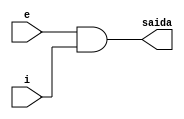
// ----------------------------------------------------------------------
// Exemplo 00014 - AND
// Dbra Deslandes de Almeida Batista
// ----------------------------------------------------------------------

// ----------------------------------------------------------------------
// -- AND gate
// ----------------------------------------------------------------------

	module AND2 (output saida, input e,i);
		assign saida = (e&i);
	endmodule
// ----------------------------------------------------------------------
	module andgate (output s, input a,b,c);
		assign s = ((a&b)&c);
	endmodule
	
// ----------------------------------------------------------------------
// -- test AND gate
// ----------------------------------------------------------------------

	module testandgate;
	
	reg a, b, c;
	
	wire s1;
	
	AND2 aguaDeCoc01 (s1,a,b);
	AND2 aguaDeCoco2 (s,c,s1);
	
	initial begin : start
		a = 0;
		b = 0;
		c = 0;
	end
	
	initial begin : main
			$display ("\nExemplo 0014 - Debora Deslandes de Almeida Batista");
			$display ("\nMatricula : 451549");
			$display ("\nTest AND gate");
			$display ("\n((a&b)&c) = s");
			$monitor ("\n((%b&%b)&%b) = %b" , a,b,c,s);
				#1 a = 0; b = 0; c = 1;
				#1 a = 0; b = 1; c = 0;
				#1 a = 0; b = 1; c = 1;
				#1 a = 1; b = 0; c = 0;
				#1 a = 1; b = 0; c = 1;
				#1 a = 1; b = 1; c = 0;
				#1 a = 1; b = 1; c = 1;
		end
endmodule